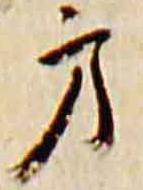
方